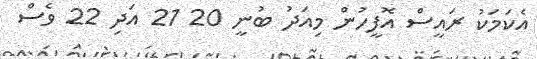
އެކަމަކު ރައީސް އޮފީހުން މިއަދު ބުނީ 20 21 އަދި 22 ވެސް